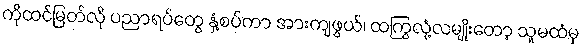
ကိုထင်မြတ်လို ပညာရပ်တွေ နှံ့စပ်ကာ အားကျဖွယ်၊ ထကြွလုံ့လမျိုးတော့ သူမထံမှ